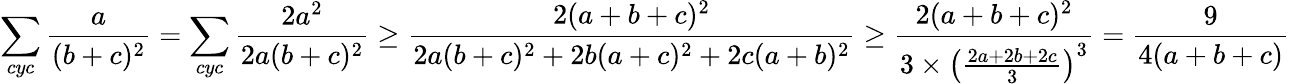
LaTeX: \sum_{cyc}\frac{a}{(b+c)^{2}}=\sum_{cyc}\frac{2a^{2}}{2a(b+c)^{2}}\ge\frac{2(a+b+c)^{2}}{2a(b+c)^{2}+2b(a+c)^{2}+2c(a+b)^{2}}\ge\frac{2(a+b+c)^{2}}{3\times\left(\frac{2a+2b+2c}{3}\right)^{3}}=\frac{9}{4(a+b+c)}